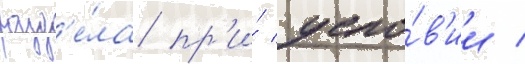
разд'е́ла пр'и́ усло́в'ии /